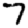
Digit: 7